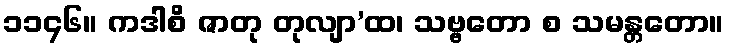
၁၁၄၆။ ကဒါစိ ဇာတု တုလျာ’ထ၊ သဗ္ဗတော စ သမန္တတော။